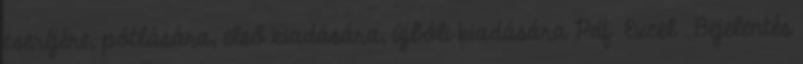
cseréjére, pótlására, első kiadására, újbóli kiadására Pdf Excel . Bejelentés